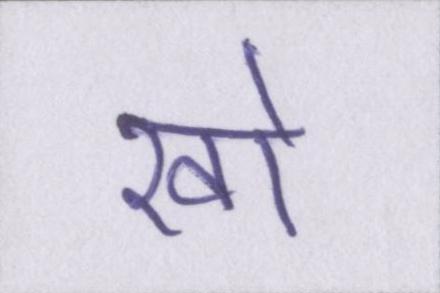
खो